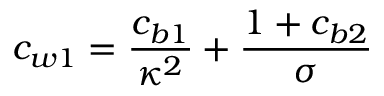
c _ { w 1 } = \frac { c _ { b 1 } } { \kappa ^ { 2 } } + \frac { 1 + c _ { b 2 } } { \sigma }